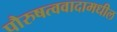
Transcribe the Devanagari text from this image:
पौरुषत्ववादामधील